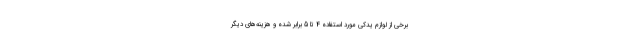
برخی از لوازم یدکی مورد استفاده 4 تا 5 برابر شده و هزینه‌های دیگر